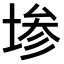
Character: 𫮅